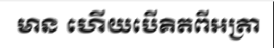
មាន ហើយបើគិតពីអត្រា